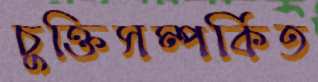
চুক্তিসম্পর্কিত